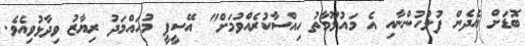
ބޮޑަށް އެދެން ފުލުހުންނާއި އެ މައުލޫމާތު ހިއްސާކުރެއްވުމަށް" އޭސީޕީ މުހައްމަދު ރިޔާޒު ވިދާޅުވިއެވެ.